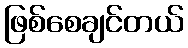
ဖြစ်စေချင်တယ်